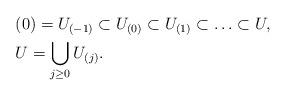
LaTeX: \begin{align*}&(0)=U_{(-1)}\subset U_{(0)}\subset U_{(1)}\subset \ldots \subset U,\\&U=\bigcup_{j\geq 0}U_{(j)}.\end{align*}